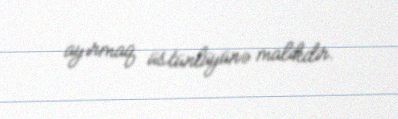
ayırmaq üstünlüyünə malikdir.